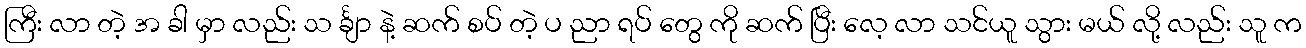
ကြီး လာ တဲ့ အ ခါ မှာ လည်း သ င်္ချာ နဲ့ ဆက် စပ် တဲ့ ပ ညာ ရပ် တွေ ကို ဆက် ပြီး လေ့ လာ သင်ယူ သွား မယ် လို့ လည်း သူ က